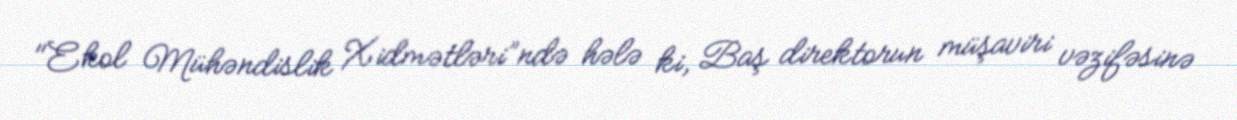
"Ekol Mühəndislik Xidmətləri”ndə hələ ki, Baş direktorun müşaviri vəzifəsinə